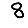
Digit: 8